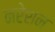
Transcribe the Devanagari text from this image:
नरेशन